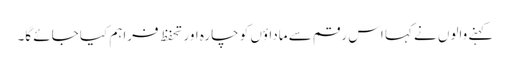
کہنے والوں نے کہا اس رقم سے ماداؤں کو چارہ اور تحفظ فراہم کیا جائے گا۔